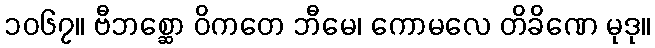
၁၀၆၇။ ဗီဘစ္ဆော ဝိကတေ ဘီမေ၊ ကောမလေ တိခိဏေ မုဒု။